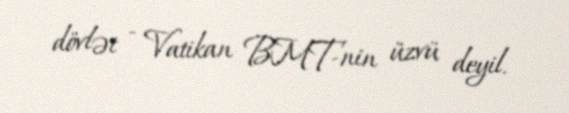
dövlət - Vatikan BMT-nin üzvü deyil.